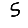
Digit: 5